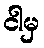
ငါမှ